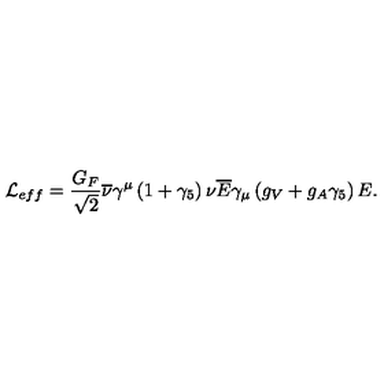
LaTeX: { \cal L } _ { e f f } = \frac { G _ { F } } { \sqrt { 2 } } \overline { { \nu } } \gamma ^ { \mu } \left( 1 + \gamma _ { 5 } \right) \nu \overline { { E } } \gamma _ { \mu } \left( g _ { V } + g _ { A } \gamma _ { 5 } \right) E .